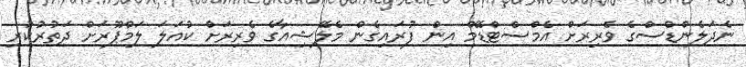
ނެދަލެންޑްސްގެ ވެރިރަށް އެމްސްޓްޑޭމް އިން ފުރައިގެން މެލޭޝިއާގެ ވެރިރަށް ކުއަލަ ލަމްޕޫރަށް ދަތުރުކުރި